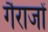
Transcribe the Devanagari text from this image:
गैराजों